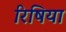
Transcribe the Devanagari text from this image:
रिषिया